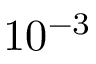
1 0 ^ { - 3 }